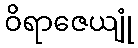
ဝိရာဇေယျုံ